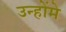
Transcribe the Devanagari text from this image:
उन्होंमे